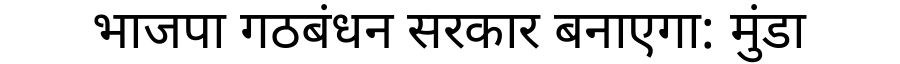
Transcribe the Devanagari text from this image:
भाजपा गठबंधन सरकार बनाएगा: मुंडा